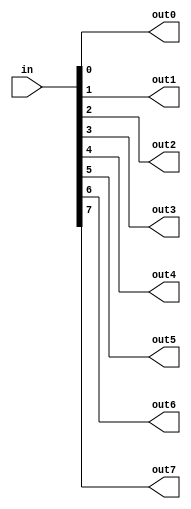
module TC_Splitter8 (in, out0, out1, out2, out3, out4, out5, out6, out7);
    parameter UUID = 0;
    parameter NAME = "";
    input [7:0] in;
    output out0;
    output out1;
    output out2;
    output out3;
    output out4;
    output out5;
    output out6;
    output out7;
    
    assign {out7, out6, out5, out4, out3, out2, out1, out0} = in;
endmodule